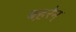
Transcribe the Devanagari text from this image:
बह़रेन्